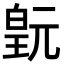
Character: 𬐍